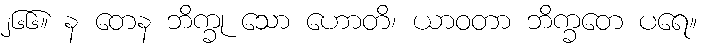
၂၆၆။ န တေန ဘိက္ခု သော ဟောတိ၊ ယာဝတာ ဘိက္ခတေ ပရေ။